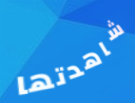
شاهدتها